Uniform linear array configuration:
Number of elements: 16
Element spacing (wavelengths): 0.75
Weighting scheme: uniform
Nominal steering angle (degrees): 0
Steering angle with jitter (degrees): -1.924
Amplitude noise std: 0.05
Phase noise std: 0.05

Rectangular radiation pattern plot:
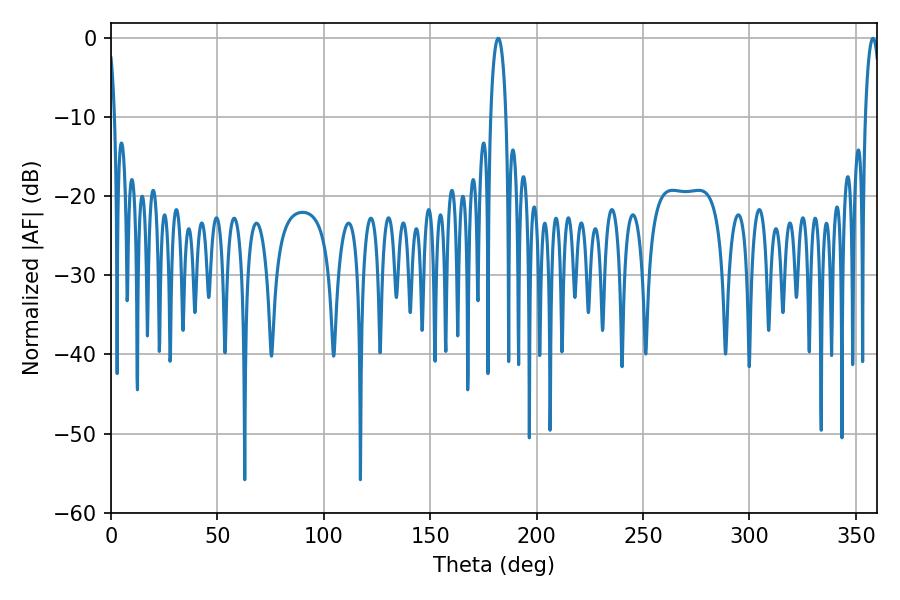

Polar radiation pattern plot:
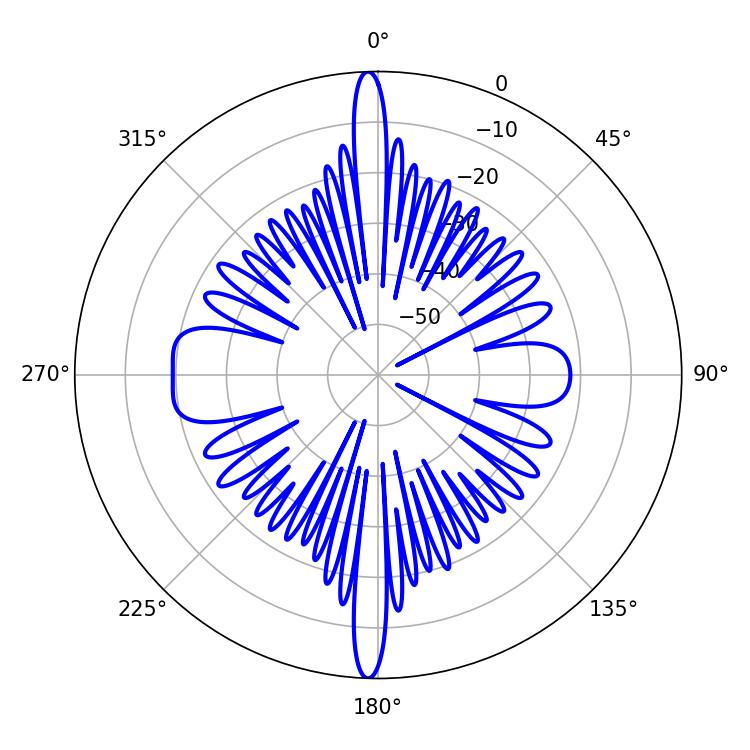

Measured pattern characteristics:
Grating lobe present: TRUE
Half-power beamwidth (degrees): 3.96
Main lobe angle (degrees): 181.98